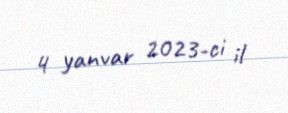
4 yanvar 2023-ci il